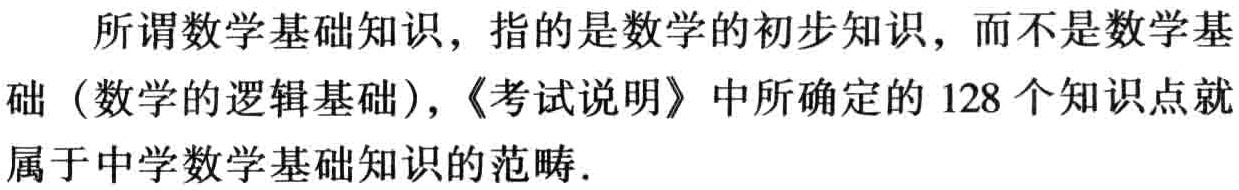
所谓数学基础知识，指的是数学的初步知识，而不是数学基础（数学的逻辑基础），《考试说明》中所确定的128个知识点就属于中学数学基础知识的范畴.